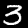
Label: 3